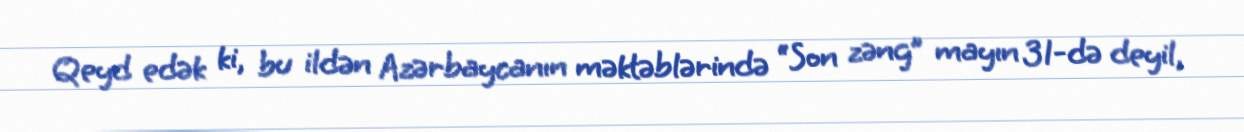
Qeyd edək ki, bu ildən Azərbaycanın məktəblərində “Son zəng” mayın 31-də deyil,